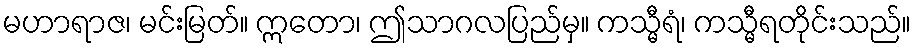
မဟာရာဇ၊ မင်းမြတ်။ ဣတော၊ ဤသာဂလပြည်မှ။ ကသ္မီရံ၊ ကသ္မီရတိုင်းသည်။